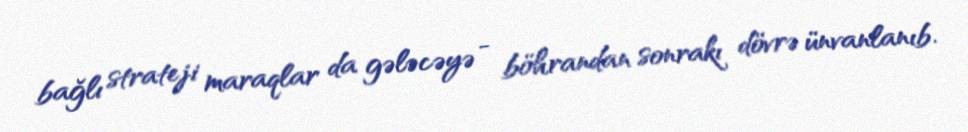
bağlı strateji maraqlar da gələcəyə - böhrandan sonrakı dövrə ünvanlanıb.